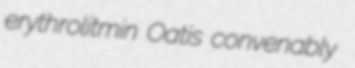
erythrolitmin Oatis convenably